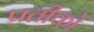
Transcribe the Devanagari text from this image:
प्रतीकोंं